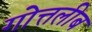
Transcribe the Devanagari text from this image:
गोत्तलीब